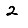
Digit: 2